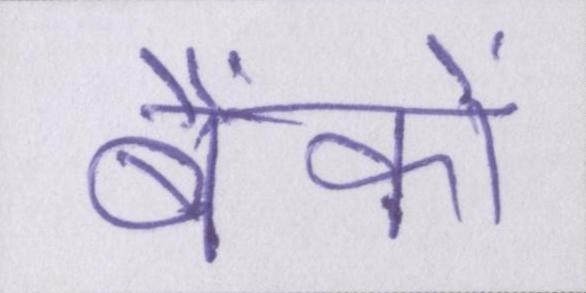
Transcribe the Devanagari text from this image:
बैंकों